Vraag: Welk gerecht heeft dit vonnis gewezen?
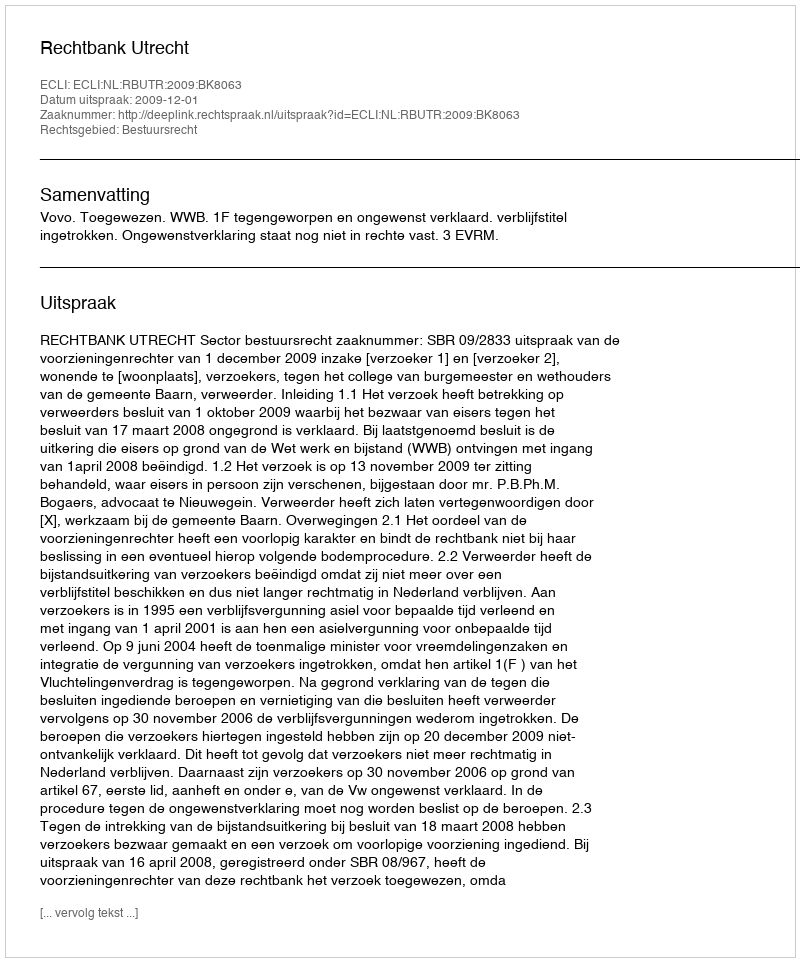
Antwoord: Rechtbank Utrecht